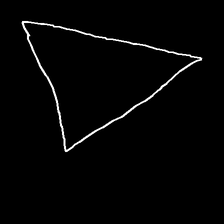
Glyph: convergence